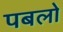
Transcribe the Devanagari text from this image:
पबलो